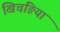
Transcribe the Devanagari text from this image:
खिचङिया